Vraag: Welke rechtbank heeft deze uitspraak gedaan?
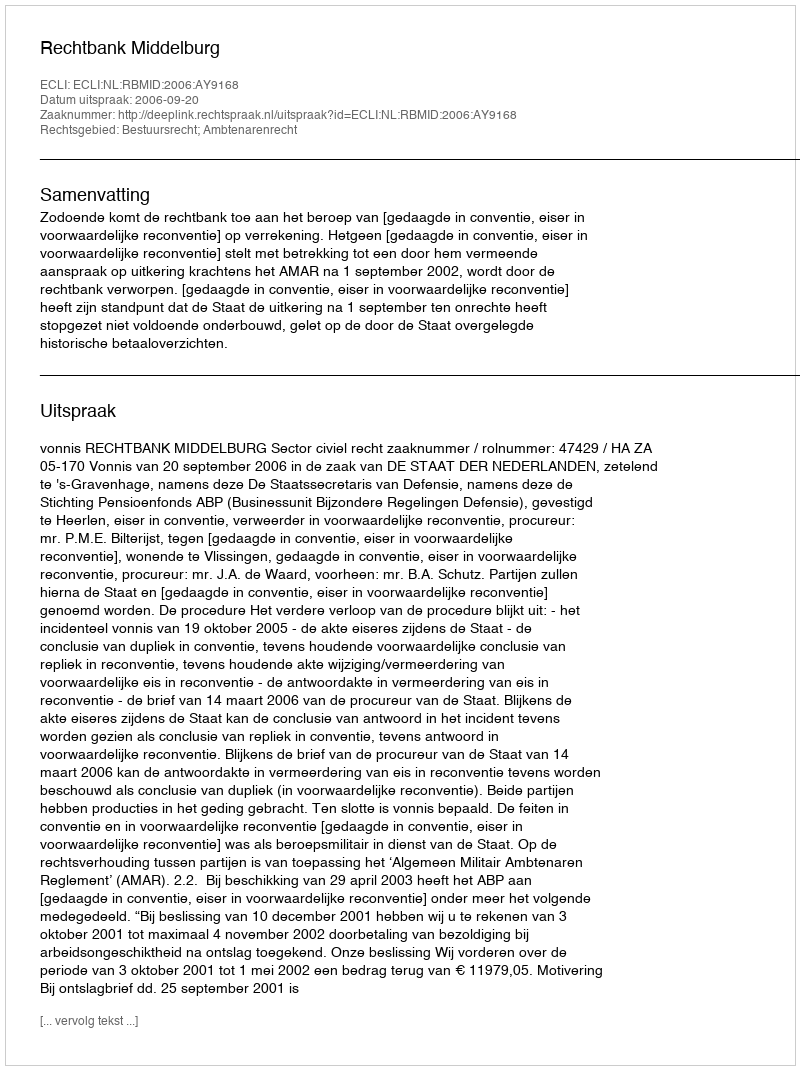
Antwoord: Rechtbank Middelburg